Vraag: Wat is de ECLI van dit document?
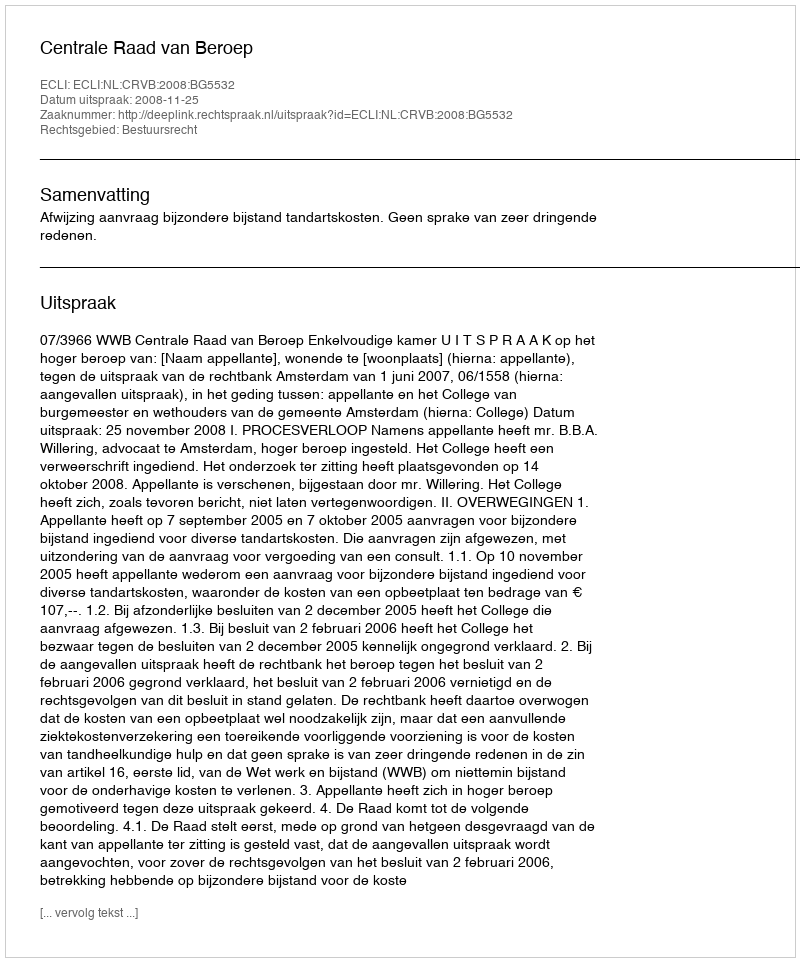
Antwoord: ECLI:NL:CRVB:2008:BG5532